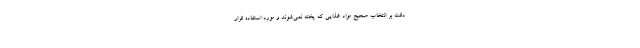
دقت بر انتخاب صحیح مواد غذایی که پخته نمی‌شوند و مورد استفاده قرار